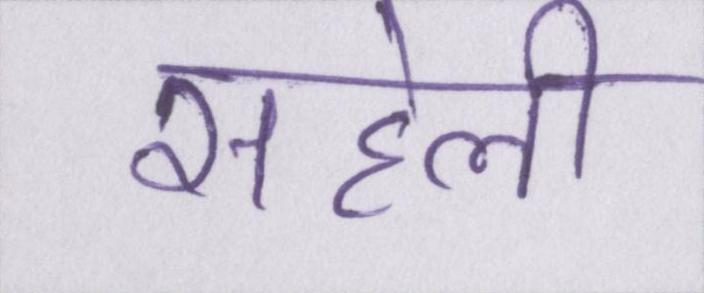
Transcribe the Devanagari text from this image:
सहेली